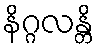
နိဂ္ဂလန္တိ